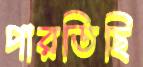
পারতিছি